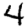
Digit: 4